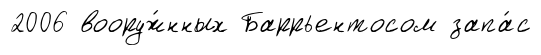
2006 вооруж́нных Баррьентосом запа́с